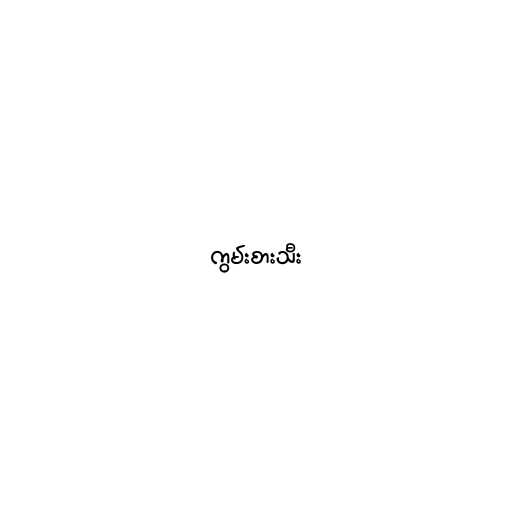
ကွမ်းစားသီး